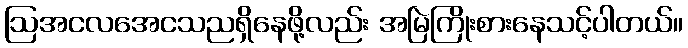
ဩအငလအေငသညရှိနေဖို့လည်း အမြဲကြိုးစားနေသင့်ပါတယ်။